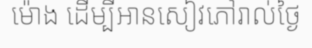
ម៉ោង ដើម្បីអានសៀវភៅរាល់ថ្ងៃ